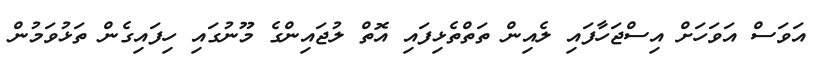
އަވަސް އަވަހަށް އިސްޖަހާފައި ލެއިން ތަތްތެޅިފައި އޮތް ލުޖައިންގެ މޫނުގައި ހިފައިގެން ތަޅުވަމުން